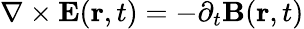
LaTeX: \nabla\times{\mathbf E}({\mathbf r},t)=-\partial_{t}{\mathbf B}({\mathbf r},t)